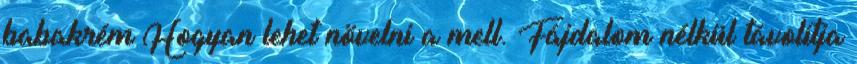
babakrém Hogyan lehet növelni a mell. Fájdalom nélkül távolítja